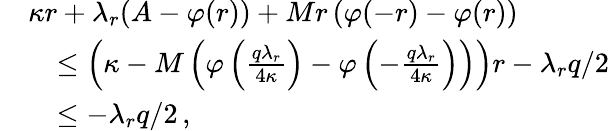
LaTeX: \begin{array}{rl}&{\kappa r+\lambda_{r}(A-\varphi(r))+Mr\left(\varphi(-r)-\varphi(r)\right)}\\ &{\quad\leq\left(\kappa-M\left(\varphi\left(\frac{q\lambda_{r}}{4\kappa}\right)-\varphi\left(-\frac{q\lambda_{r}}{4\kappa}\right)\right)\right)r-\lambda_{r}q/2}\\ &{\quad\leq-\lambda_{r}q/2\, ,}\end{array}